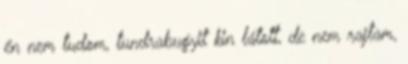
én nem tudom, tundrabugyit kin látott, de nem rajtam,